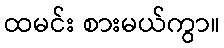
ထမင်း စားမယ်ကွာ။